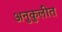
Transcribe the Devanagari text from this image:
अनुकुलीत